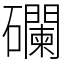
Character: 䃹